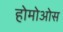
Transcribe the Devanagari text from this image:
होमोओस